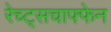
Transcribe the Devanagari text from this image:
रेच्ट्सचाफ्फेन